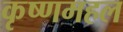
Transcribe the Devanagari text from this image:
कृष्णमहल